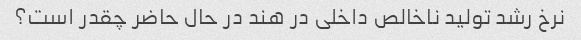
نرخ رشد تولید ناخالص داخلی در هند در حال حاضر چقدر است؟